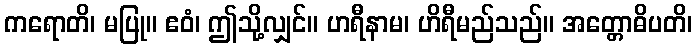
ကရောတိ၊ မပြု။ ဧဝံ၊ ဤသို့လျှင်။ ဟရီနာမ၊ ဟိရီမည်သည်။ အတ္တောဓိပတိ၊